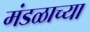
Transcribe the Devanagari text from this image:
मंडळाच्‍या